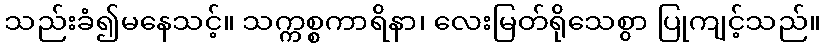
သည်းခံ၍မနေသင့်။ သက္ကစ္စကာရိနာ၊ လေးမြတ်ရိုသေစွာ ပြုကျင့်သည်။